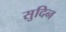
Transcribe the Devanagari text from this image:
सुदिन